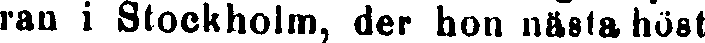
ran i Stockholm, der hon nästa höst